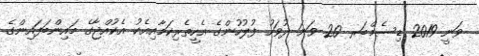
ވަނީ 2019 ޑިސެމްބަރ 20 ވަނަ ދުވަހު ފުލުހުންގެ އެހީތެރިކަމާއިއެކު އެކުއްޖާގެ މައިންބަފައިންގެ